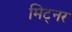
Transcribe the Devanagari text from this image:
मिट्नर